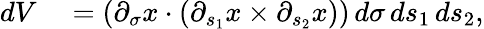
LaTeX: \begin{array}{rl}{dV}&{{}=(\partial_{\sigma}x\cdot(\partial_{s_{1}}x\times\partial_{s_{2}}x))\, d\sigma\, ds_{1}\, ds_{2},}\end{array}